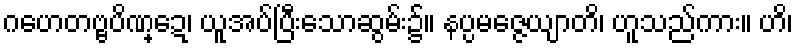
ဂဟေတဗ္ဗပိဏ္ဍေ၊ ယူအပ်ပြီးသောဆွမ်း၌။ နပ္ပမဇ္ဇေယျာတိ၊ ဟူသည်ကား။ ဟိ၊